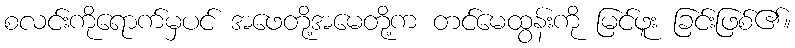
စလင်းကိုရောက်မှပင် အဖေတို့အမေတို့က တင်မေထွန်းကို မြင်ဖူး ခြင်းဖြစ်၏။